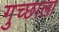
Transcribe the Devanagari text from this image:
गुच्छाला